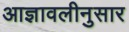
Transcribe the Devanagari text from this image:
आज्ञावलीनुसार